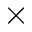
\times